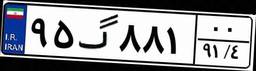
۳۹گ۸۳۹۹۰